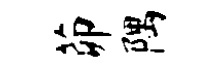
茆隅